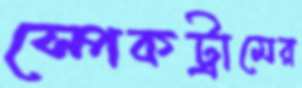
স্পেকট্রামের